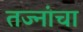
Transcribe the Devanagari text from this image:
तज्नांचा